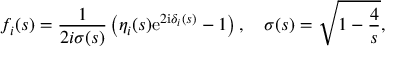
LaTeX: f _ { i } ( s ) = { \frac { 1 } { 2 i \sigma ( s ) } } \left( \eta _ { i } ( s ) \mathrm { e } ^ { 2 \mathrm { i } \delta _ { i } ( s ) } - 1 \right) , \quad \sigma ( s ) = \sqrt { 1 - { \frac { 4 } { s } } } ,